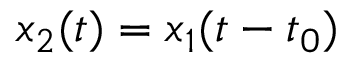
x _ { 2 } ( t ) = x _ { 1 } ( t - t _ { 0 } )